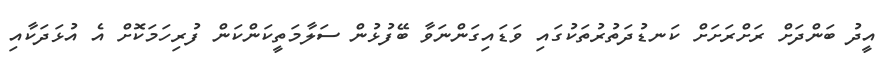
އީދު ބަންދަށް ރަށްރަށަށް ކަނޑުދަތުރުތަކުގައި ވަޑައިގަންނަވާ ބޭފުޅުން ސަލާމަތީކަންކަން ފުރިހަމަކޮށް އެ އުޅަދަކާއި